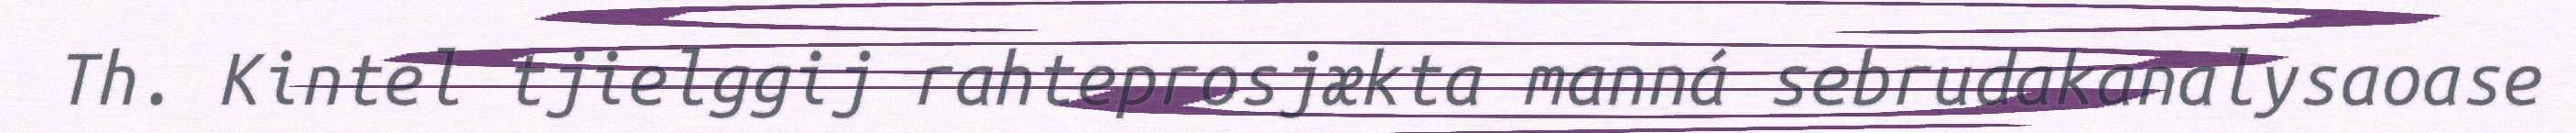
Th. Kintel tjielggij rahteprosjækta manná sebrudakanalysaoase